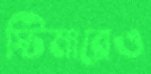
স্টিমারেও